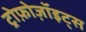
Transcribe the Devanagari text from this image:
ट्रोफ़ोज़ॉइट्स